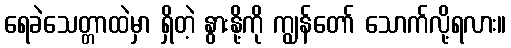
ရေခဲသေတ္တာထဲမှာ ရှိတဲ့ နွားနို့ကို ကျွန်တော် သောက်လို့ရလား။